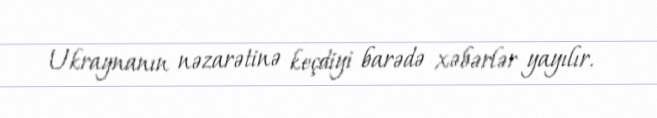
Ukraynanın nəzarətinə keçdiyi barədə xəbərlər yayılır.